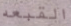
القبعه